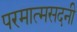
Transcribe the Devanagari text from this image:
परमात्मसदनी